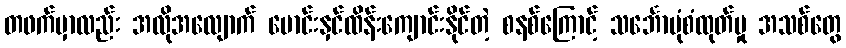
တဖက်မှာလည်း အလိုအလျောက် မောင်းနှင်ထိန်းကျောင်းနိုင်တဲ့ စနစ်ကြောင့် သင်္ဘောပုံစံထုတ်မှု အသစ်တွေ